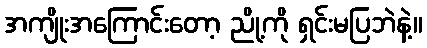
အကျိုးအကြောင်းတော့ ညို့ကို ရှင်းမပြဘဲနဲ့။